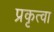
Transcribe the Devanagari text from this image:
प्रकृत्वा